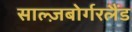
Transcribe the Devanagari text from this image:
साल्ज़बोर्गरलैंड